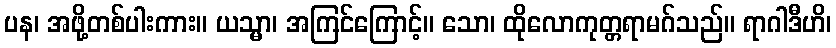
ပန၊ အဖို့တစ်ပါးကား။ ယသ္မာ၊ အကြင်ကြောင့်။ သော၊ ထိုလောကုတ္တရာမဂ်သည်။ ရာဂါဒီဟိ၊